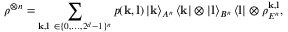
\rho ^ { \otimes n } = \sum _ { \mathbf { k } , \mathbf { l } ~ \in \{ 0 , \dots , 2 ^ { d } - 1 \} ^ { n } } p ( \mathbf { k } , \mathbf { l } ) \left\vert \mathbf { k } \right\rangle _ { A ^ { n } } \left\langle \mathbf { k } \right\vert \otimes \left\vert \mathbf { l } \right\rangle _ { B ^ { n } } \left\langle \mathbf { l } \right\vert \otimes \rho _ { E ^ { n } } ^ { \mathbf { k } , \mathbf { l } } ,